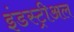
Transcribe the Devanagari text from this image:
इंडस्ट्रीअल